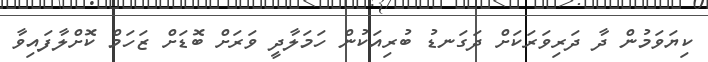
ކިޔަވަމުން ދާ ދަރިވަރަކަށް ދަގަނޑު ބުރިއަކުން ހަމަލާދީ ވަރަށް ބޮޑަށް ޒަހަމް ކޮށްލާފައިވާ